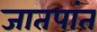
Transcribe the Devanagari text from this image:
जातपांत